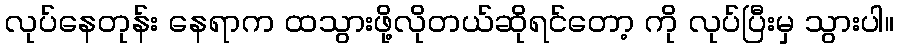
လုပ်နေတုန်း နေရာက ထသွားဖို့လိုတယ်ဆိုရင်တော့ ကို လုပ်ပြီးမှ သွားပါ။